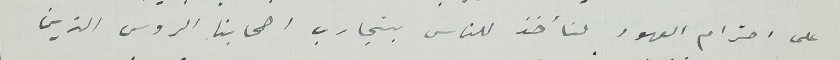
على احترام العهود لنأخذ للناس بتجارب اصحابنا الروس الذين